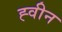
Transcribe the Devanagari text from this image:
ह्वीन